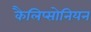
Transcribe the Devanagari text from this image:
कैलिप्सोनियन